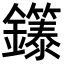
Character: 𬬞